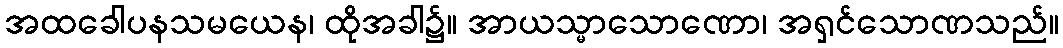
အထခေါပနသမယေန၊ ထိုအခါ၌။ အာယသ္မာသောဏော၊ အရှင်သောဏသည်။